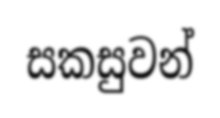
සකසුවන්